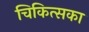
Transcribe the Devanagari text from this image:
चिकित्सका